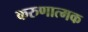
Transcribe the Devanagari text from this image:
करुणात्मक